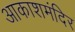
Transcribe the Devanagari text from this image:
आकाशमंदिर